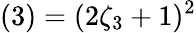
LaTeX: (3)=(2\zeta_{3}+1)^{2}